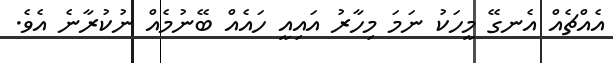
އެއްޗެއް އެނގޭ މީހަކު ނަމަ މިހާރު އައިއީ ހައެއް ބޭނުމެއް ނުކުރާނެ އެވެ.